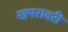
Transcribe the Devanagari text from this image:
खपरादरी